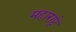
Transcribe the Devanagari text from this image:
महाराष्ट्रे